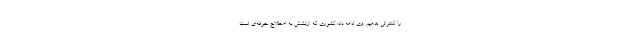
را کنتراتی بدهیم. وی ادامه داد: کشوری که ارتشش به اصطلاح حرفه‌ای است